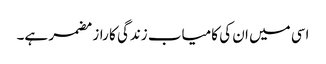
اسی میں ان کی کامیاب زندگی کا راز مضمر ہے۔